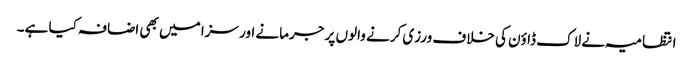
انتظامیہ نے لاک ڈاؤن کی خلاف ورزی کرنے والوں پر جرمانے اور سزا میں بھی اضافہ کیا ہے۔